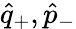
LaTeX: \hat{q}_{+},\hat{p}_{-}